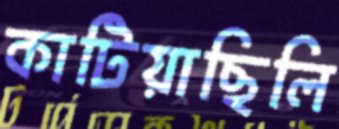
কাটিয়াছিলি